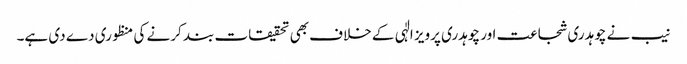
نیب نے چوہدری شجاعت اور چوہدری پرویز الٰہی کے خلاف بھی تحقیقات بند کرنے کی منظوری دے دی ہے۔